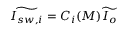
\widetilde { I _ { s w , i } } = C _ { i } ( M ) \widetilde { I _ { o } }